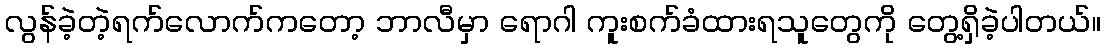
လွန်ခဲ့တဲ့ရက်လောက်ကတော့ ဘာလီမှာ ရောဂါ ကူးစက်ခံထားရသူတွေကို တွေ့ရှိခဲ့ပါတယ်။